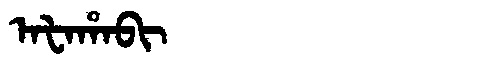
Manchu: ᠠᡶᠠᡥᠠᠪᡳ
Romanization: AFAHABI